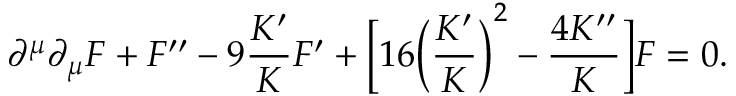
\partial ^ { \mu } \partial _ { \mu } F + F ^ { \prime \prime } - 9 \frac { K ^ { \prime } } { K } F ^ { \prime } + \bigg [ 1 6 \bigg ( \frac { K ^ { \prime } } { K } \bigg ) ^ { 2 } - \frac { 4 K ^ { \prime \prime } } { K } \bigg ] F = 0 .